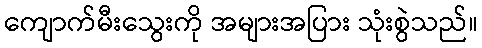
ကျောက်မီးသွေးကို အများအပြား သုံးစွဲသည်။